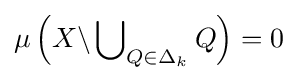
\mu \left(X\backslash \bigcup \nolimits _{Q\in \Delta _{k}}Q\right)=0